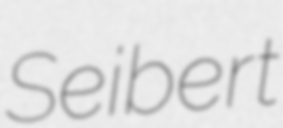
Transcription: Seibert